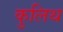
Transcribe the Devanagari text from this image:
कुलिथ